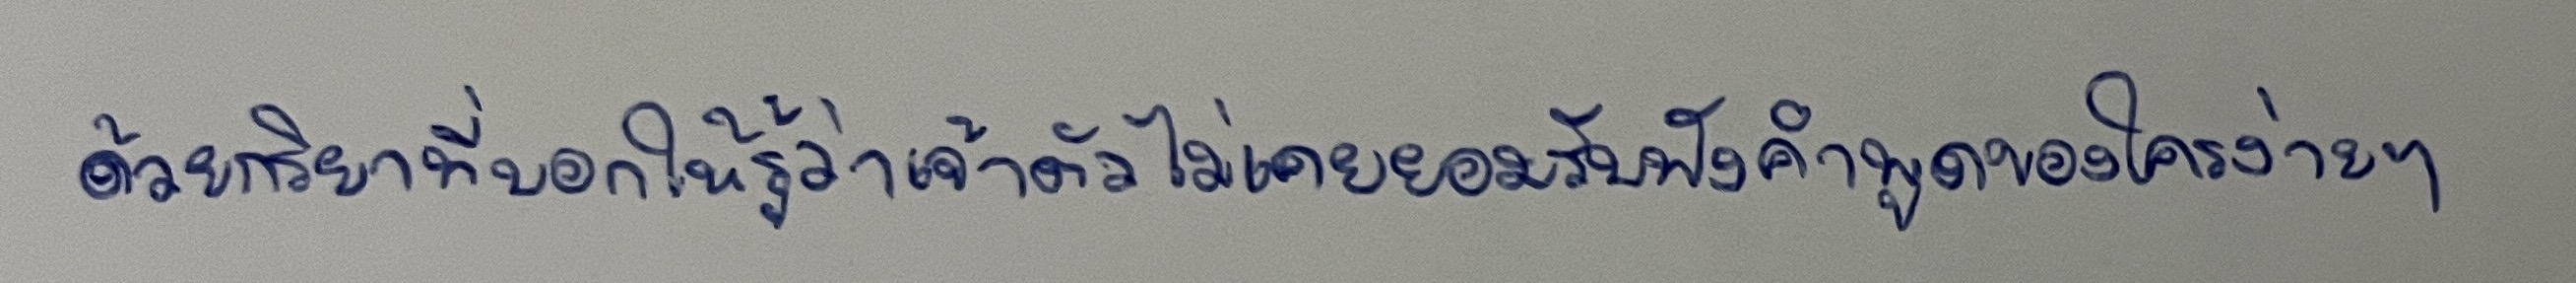
ด้วยกิริยาที่บอกให้รู้ว่าเจ้าตัวไม่เคยยอมรับฟังคำพูดของใครง่ายๆ